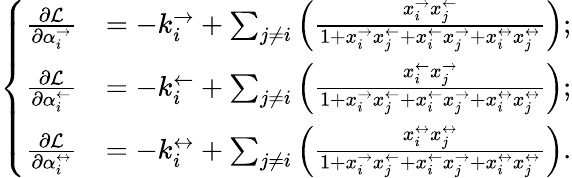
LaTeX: \left\{ \begin{array}{ll}{\frac{\partial\mathcal{L}}{\partial\alpha_{i}^{\rightarrow}}}&{=-k_{i}^{\rightarrow}+\sum_{j\neq i}\left(\frac{x_{i}^{\rightarrow}x_{j}^{\leftarrow}}{1+x_{i}^{\rightarrow}x_{j}^{\leftarrow}+x_{i}^{\leftarrow}x_{j}^{\rightarrow}+x_{i}^{\leftrightarrow}x_{j}^{\leftrightarrow}}\right);}\\ {\frac{\partial\mathcal{L}}{\partial\alpha_{i}^{\leftarrow}}}&{=-k_{i}^{\leftarrow}+\sum_{j\neq i}\left(\frac{x_{i}^{\leftarrow}x_{j}^{\rightarrow}}{1+x_{i}^{\rightarrow}x_{j}^{\leftarrow}+x_{i}^{\leftarrow}x_{j}^{\rightarrow}+x_{i}^{\leftrightarrow}x_{j}^{\leftrightarrow}}\right);}\\ {\frac{\partial\mathcal{L}}{\partial\alpha_{i}^{\leftrightarrow}}}&{=-k_{i}^{\leftrightarrow}+\sum_{j\neq i}\left(\frac{x_{i}^{\leftrightarrow}x_{j}^{\leftrightarrow}}{1+x_{i}^{\rightarrow}x_{j}^{\leftarrow}+x_{i}^{\leftarrow}x_{j}^{\rightarrow}+x_{i}^{\leftrightarrow}x_{j}^{\leftrightarrow}}\right).}\end{array}\right.